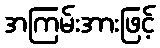
အကြမ်းအားဖြင့်